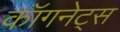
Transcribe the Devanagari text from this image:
कॉगनेट्स